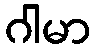
ဂါမာ